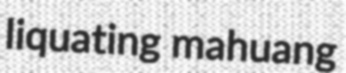
liquating mahuang